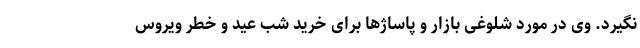
نگیرد. وی در مورد شلوغی بازار و پاساژها برای خرید شب عید و خطر ویروس